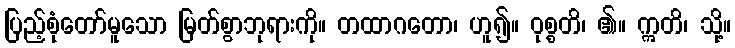
ပြည့်စုံတော်မူသော မြတ်စွာဘုရားကို။ တထာဂတော၊ ဟူ၍။ ဝုစ္စတိ၊ ၏။ ဣတိ၊ သို့။